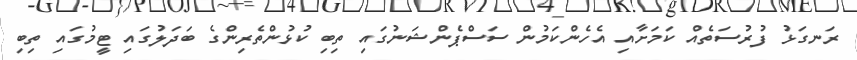
ރަނގަޅު ފުރުސަތެއް ކަމަށާއި އެހެންކަމުން ސަސްޕެންޝަނުގައި ތިބި ކުޅުންތެރިންގެ ބަދަލުގައި ޓީމުގައި ތިބި